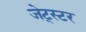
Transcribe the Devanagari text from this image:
जेट्स्टर